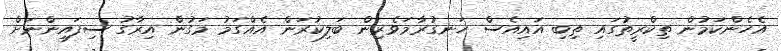
އެހެންކަމުން ތިކްރީތުގައި ތިބި އައިއެސް ހަނގުރާމަވެރިން ބަލިކުރަން އެއްގަމު މަގުން އިރާގު ސިފައިންނަށް